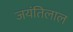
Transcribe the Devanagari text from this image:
जयंतिलाल